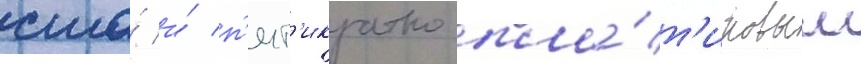
сша́ и́ п'ят'икратно пла́т'иновым